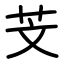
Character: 芠